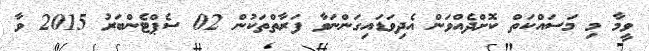
ވީމާ މި މަސައްކަތް ކޮށްދެއްވަން އެދިވަޑައިގަންނަވާ ފަރާތްތަކުން 02 ސެޕްޓެންބަރު 2015 ވާ